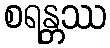
စရန္တဿ